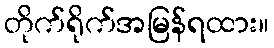
တိုက်ရိုက်အမြန်ရထား။